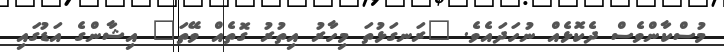
މުސްކާންވެސް ދެކޮޅެއް ނުހަދައެވެ. "ރަނގަޅުތަ މިހާރު އިތުރު ގޮތެއް ވޭތަ" އިޝާންގެ އަޑުގައި